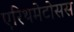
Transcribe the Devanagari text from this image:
एरिथमेटोसस